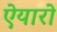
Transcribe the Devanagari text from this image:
ऐयारो